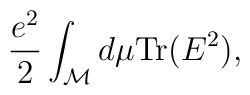
{e^2\over 2} \int_{\cal M} d\mu {\rm Tr}(E^2),